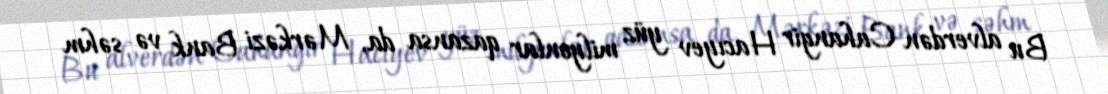
Bu alverdən Cahangir Hacıyev yüz milyonlar qazansa da, Mərkəzi Bank və səhm